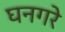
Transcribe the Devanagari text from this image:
घनगरे